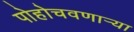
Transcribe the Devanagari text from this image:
पोहोचवणार्‍या